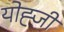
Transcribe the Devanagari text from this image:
योह्जी